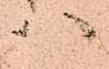
ハ